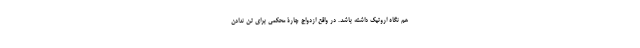
هم نگاه اروتیک داشته باشد. در واقع ازدواج چارۀ محکمی برای تن ندادن